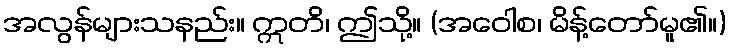
အလွန်များသနည်း။ ဣတိ၊ ဤသို့။ (အဝေါစ၊ မိန့်တော်မူ၏။)